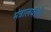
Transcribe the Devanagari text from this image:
मंत्रालयांनी